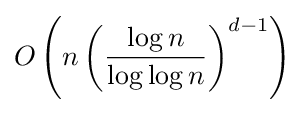
O\left(n\left({\frac {\log n}{\log \log n}}\right)^{d-1}\right)